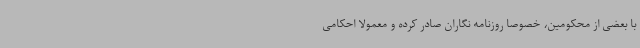
با بعضی از محکومین، خصوصا روزنامه نگاران صادر کرده و معمولا احکامی